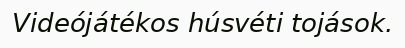
Videójátékos húsvéti tojások.